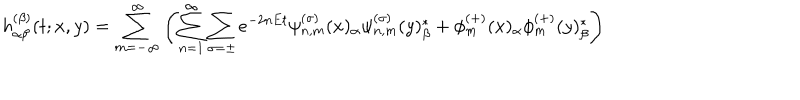
h _ { \alpha \beta } ^ { ( \beta ) } ( t ; x , y ) = \sum _ { m = - \infty } ^ { \infty } \left( \sum _ { n = 1 } ^ { \infty } \sum _ { \sigma = \pm } e ^ { - 2 n E t } { \psi _ { n , m } ^ { ( \sigma ) } ( x ) _ { \alpha } { \psi } _ { n , m } ^ { ( \sigma ) } ( y ) _ { \beta } ^ { * } } + \phi _ { m } ^ { ( + ) } ( x ) _ { \alpha } \phi _ { m } ^ { ( + ) } ( y ) _ { \beta } ^ { * } \right)